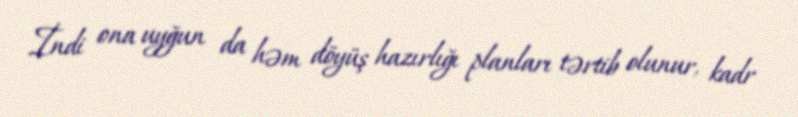
İndi ona uyğun da həm döyüş hazırlığı planları tərtib olunur, kadr